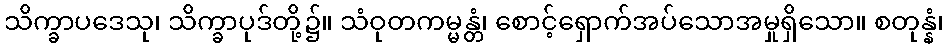
သိက္ခာပဒေသု၊ သိက္ခာပုဒ်တို့၌။ သံဝုတကမ္မန္တံ၊ စောင့်ရှောက်အပ်သောအမှုရှိသော။ စတုန္နံ၊